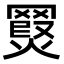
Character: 𮊖